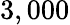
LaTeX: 3,000